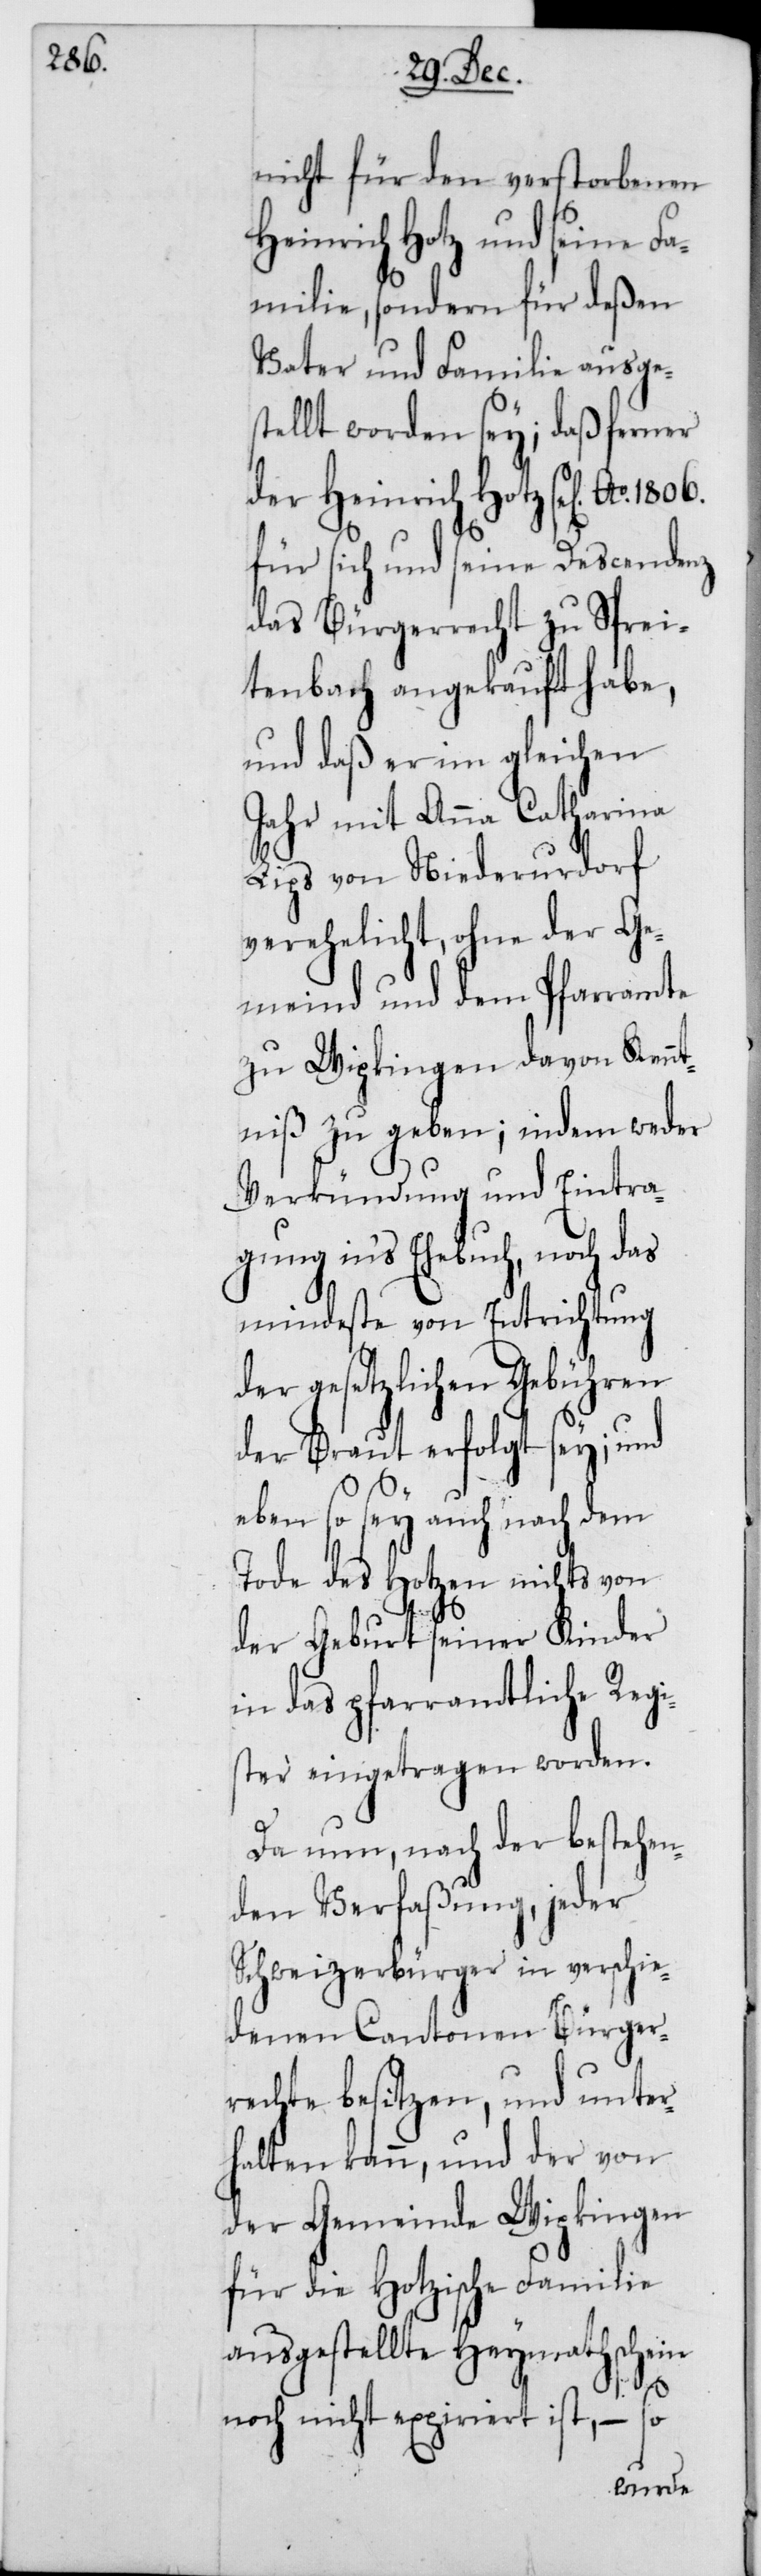
1806.

nicht für den verstorbenen
Heinrich Hotz und seine Fa¬
milie, sondern für deßen
Vater und Familie ausges¬
tellt worden sey; daß ferner
der Heinrich Hotz sel[ig] Ao
für sich und seine Descendenz
das Bürgerrecht zu Sprei¬
tenbach angekauft habe,
und daß er im gleichen
Jahr mit Anna Catharina
Lips von Niederurdorf
verehelicht, ohne der Ge¬
meind und dem Pfarramte
zu Wipkingen davon Kennt¬
niß zu geben; indem weder
Verkündung und Eintra¬
gung in‘s Ehebuch, noch das
mindeste von Entrichtung
der gesetzlichen Gebühren
der Braut erfolgt se¬
stehen¬
eben so sey auch nach
Tode des Hotzen nichts von
der Geburt seiner Kinder
y;
in das pfarramtliche
ter eingetragen word¬
Da nun, nach der be¬
den Verfaßung, jeder
Schweizerbürger in verschi¬
edenen Cantonen Bürger¬
rechte besitzen, und unter¬
halten kann, und der von
der Gemeinde Wipkingen
für die Hotzische Familie
ausgestellte Heymathschein
Regis¬
noch nicht expiriert ist, – so